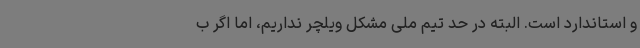
و استاندارد است. البته در حد تیم ملی مشکل ویلچر نداریم، اما اگر ب